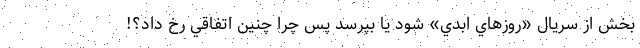
بخش از سريال «روزهاي ابدي» شود يا بپرسد پس چرا چنين اتفاقي رخ داد؟!